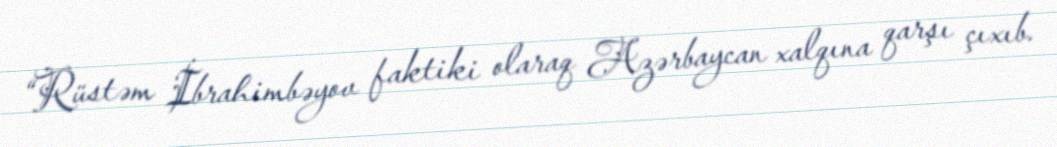
“Rüstəm İbrahimbəyov faktiki olaraq Azərbaycan xalqına qarşı çıxıb.